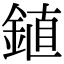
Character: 𫒦